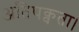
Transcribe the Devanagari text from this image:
अतिपक्वता।